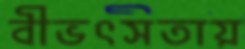
বীভৎসতায়